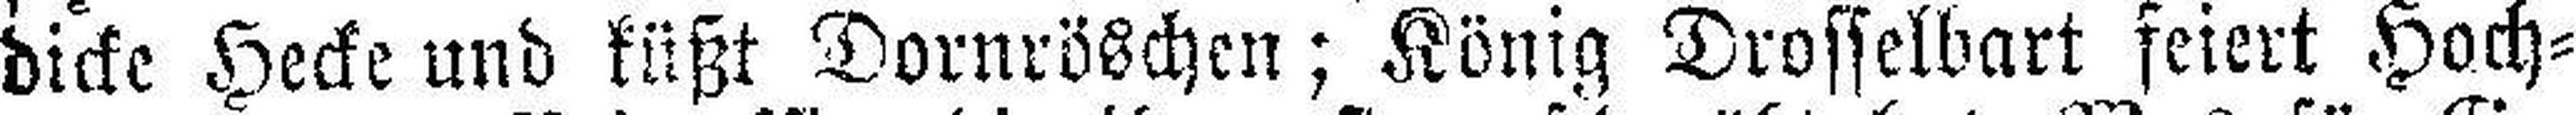
dicke Hecke und küßt Dornröschen; König Drosselbart feiert Hoch¬